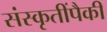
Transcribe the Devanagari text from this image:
संस्कृतींपैकी